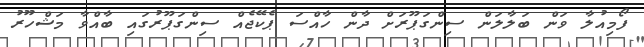
ފޯމިއުލާ ވަން ބަލާލަން ސިންގަޕޫރަށް ދާން ހާއްސަ ޕެކޭޖެއް ސިންގަޕޫރުގައި ބާއްވާ މަޝްހޫރު